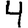
Digit: 4